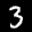
Label: 3